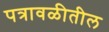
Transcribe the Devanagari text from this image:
पत्रावळीतील